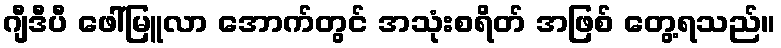
ဂျီဒီပီ ဖေါ်မြူလာ အောက်တွင် အသုံးစရိတ် အဖြစ် တွေ့ရသည်။